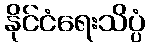
နိုင်ငံရေးသိပ္ပံ